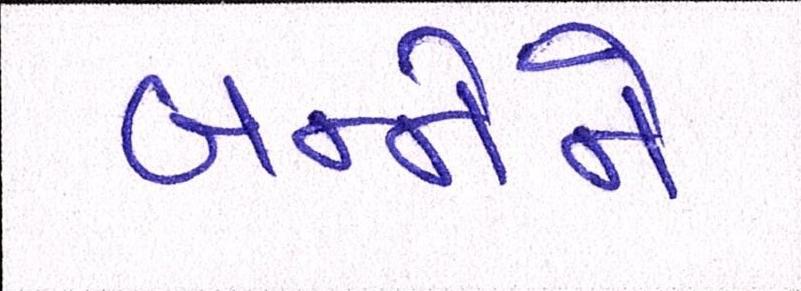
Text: બન્નેને